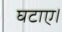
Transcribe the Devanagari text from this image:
घटाए।